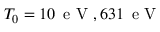
T _ { 0 } = 1 0 \, \mathrm { ~ e ~ V ~ } , 6 3 1 \, \mathrm { ~ e ~ V ~ }